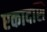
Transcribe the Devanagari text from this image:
एकादशि